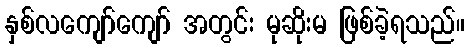
နှစ်လကျော်ကျော် အတွင်း မုဆိုးမ ဖြစ်ခဲ့ရသည်။